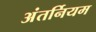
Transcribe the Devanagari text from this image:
अंतर्नियम